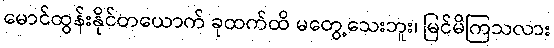
မောင်ထွန်းနိုင်တယောက် ခုထက်ထိ မတွေ့သေးဘူး၊ မြင်မိကြသလား